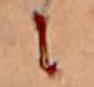
に